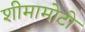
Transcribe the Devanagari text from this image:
शीमामोटो